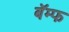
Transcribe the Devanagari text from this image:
बॅम्फ